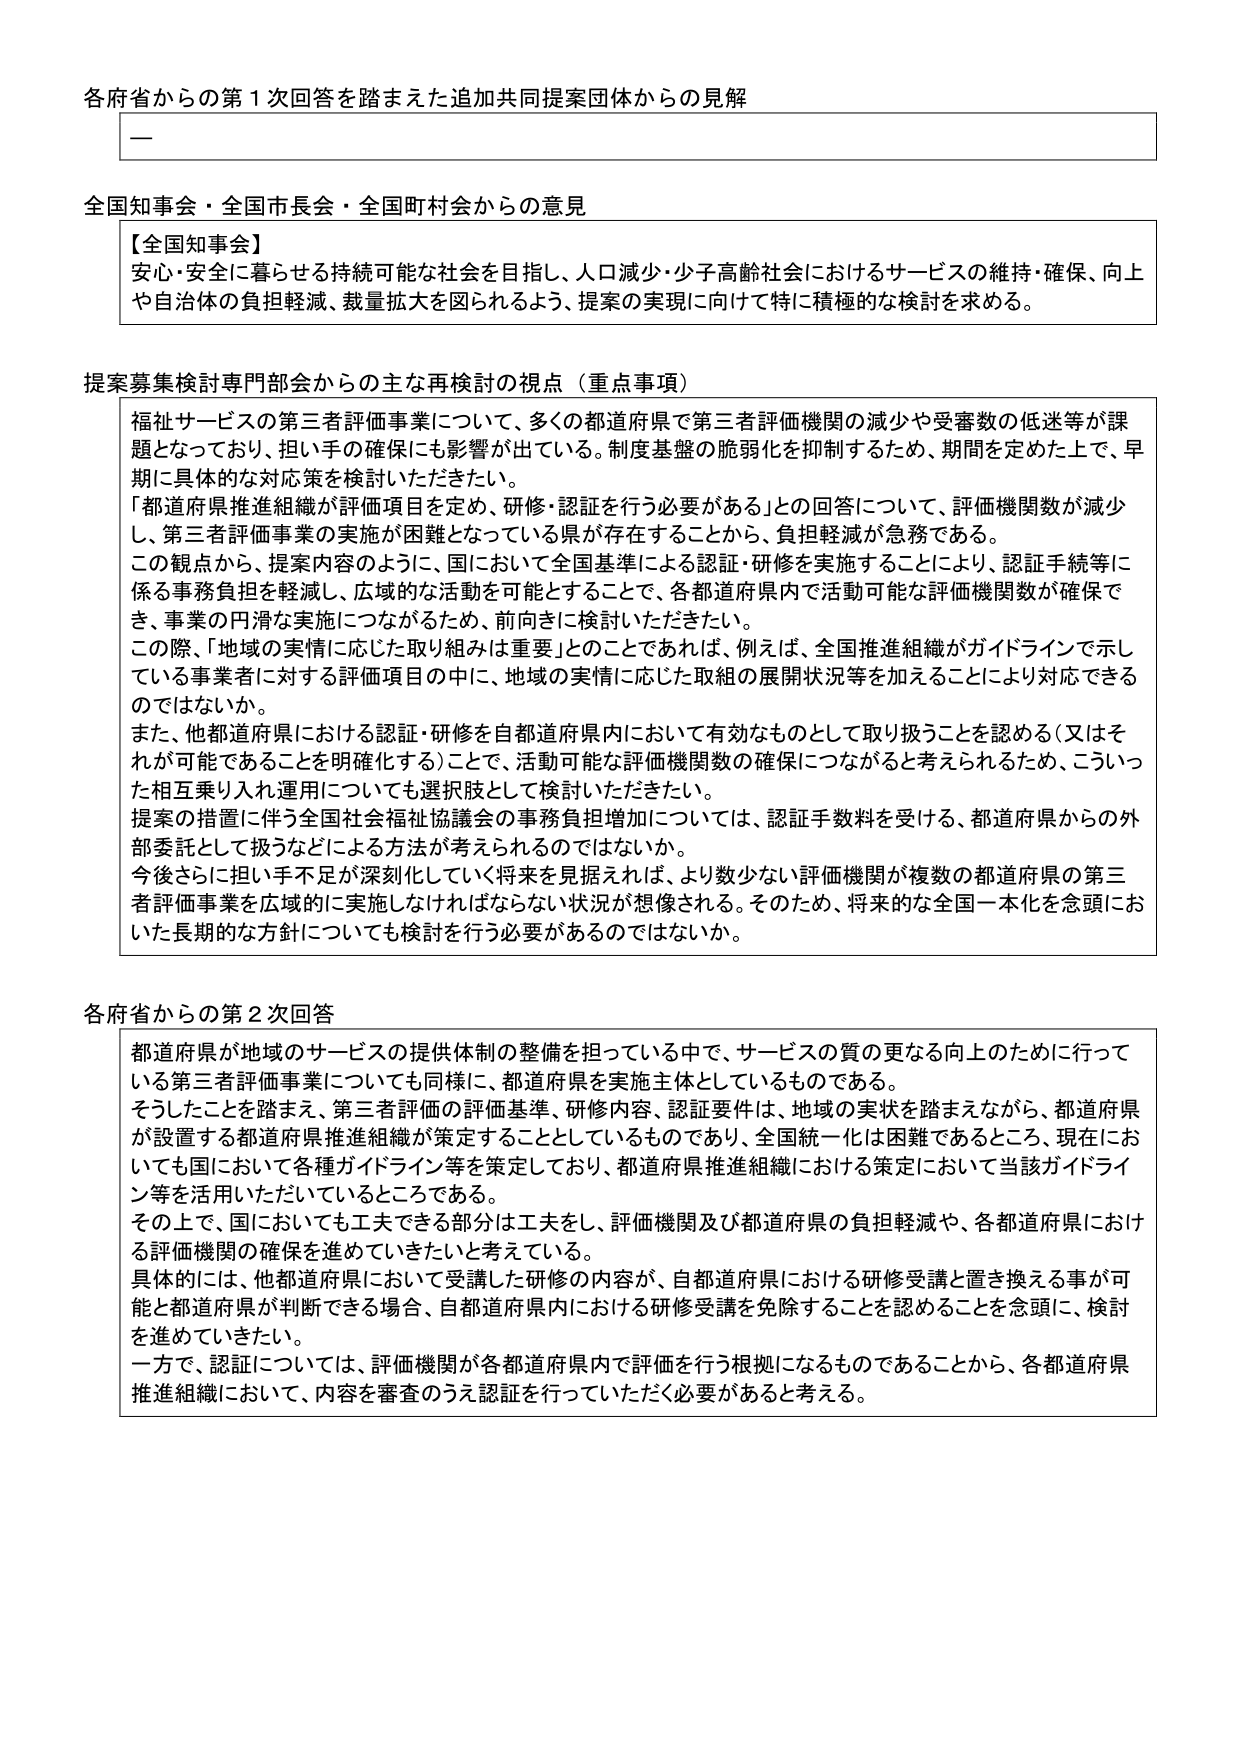
各府省からの第１次回答を踏まえた追加共同提案団体からの見解

—

全国知事会・全国市長会・全国町村会からの意見

【全国知事会】
安心・安全に暮らせる持続可能な社会を目指し、人口減少・少子高齢社会におけるサービスの維持・確保、向上や自治体の負担軽減、裁量拡大を図られるよう、提案の実現に向けて特に積極的な検討を求める。

提案募集検討専門部会からの主な再検討の視点（重点事項）

福祉サービスの第三者評価事業について、多くの都道府県で第三者評価機関の減少や受審数の低迷等が課題となっており、担い手の確保にも影響が出ている。制度基盤の脆弱化を抑制するため、期間を定めた上で、早期に具体的な対応策を検討いただきたい。
「都道府県推進組織が評価項目を定め、研修・認証を行う必要がある」との回答について、評価機関数が減少し、第三者評価事業の実施が困難となっている県が存在することから、負担軽減が急務である。
この観点から、提案内容のように、国において全国基準による認証・研修を実施することにより、認証手続等に係る事務負担を軽減し、広域的な活動を可能とすることで、各都道府県内で活動可能な評価機関数が確保でき、事業の円滑な実施につながるため、前向きに検討いただきたい。
この際、「地域の実情に応じた取り組みは重要」とのことであれば、例えば、全国推進組織がガイドラインで示している事業者に対する評価項目の中に、地域の実情に応じた取組の展開状況等を加えることにより対応できるのではないか。
また、他都道府県における認証・研修を自都道府県内において有効なものとして取り扱うことを認める（又はそれが可能であることを明確化する）ことで、活動可能な評価機関数の確保につながると考えられるため、こういった相互乗り入れ運用についても選択肢として検討いただきたい。
提案の措置に伴う全国社会福祉協議会の事務負担増加については、認証手数料を受ける、都道府県からの外部委託として扱うなどによる方法が考えられるのではないか。
今後さらに担い手不足が深刻化していく将来を見据えれば、より数少ない評価機関が複数の都道府県の第三者評価事業を広域的に実施しなければならない状況が想像される。そのため、将来的な全国一本化を念頭においた長期的な方針についても検討を行う必要があるのではないか。

各府省からの第２次回答

都道府県が地域のサービスの提供体制の整備を担っている中で、サービスの質の更なる向上のために行っている第三者評価事業についても同様に、都道府県を実施主体としているものである。
そうしたことを踏まえ、第三者評価の評価基準、研修内容、認証要件は、地域の実状を踏まえながら、都道府県が設置する都道府県推進組織が策定することとしているものであり、全国統一化は困難であるところ、現在においても国において各種ガイドライン等を策定しており、都道府県推進組織における策定において当該ガイドライン等を活用いただいているところである。
その上で、国においても工夫できる部分は工夫をし、評価機関及び都道府県の負担軽減や、各都道府県における評価機関の確保を進めていきたいと考えている。
具体的には、他都道府県において受講した研修の内容が、自都道府県における研修受講と置き換える事が可能と都道府県が判断できる場合、自都道府県内における研修受講を免除することを認めることを念頭に、検討を進めていきたい。
一方で、認証については、評価機関が各都道府県内で評価を行う根拠になるものであることから、各都道府県推進組織において、内容を審査のうえ認証を行っていただく必要があると考える。